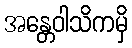
အန္တေဝါသိကမှိ